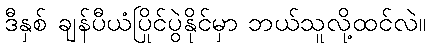
ဒီနှစ် ချန်ပီယံပြိုင်ပွဲနိုင်မှာ ဘယ်သူလို့ထင်လဲ။